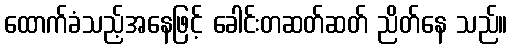
ထောက်ခံသည့်အနေဖြင့် ခေါင်းတဆတ်ဆတ် ညိတ်နေ သည်။